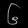
Digit: ၆